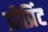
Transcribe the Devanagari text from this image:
प्रीप्रिंट